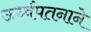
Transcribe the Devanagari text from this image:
ऊर्ध्वपतनाने